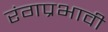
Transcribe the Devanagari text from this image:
रंगप्रभावी